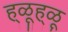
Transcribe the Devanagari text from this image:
ह्ळूह्ळू